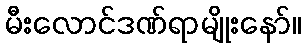
မီးလောင်ဒဏ်ရာမျိုးနော်။